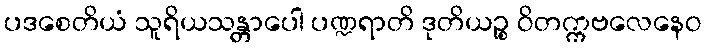
ပဒစေတိယံ သူရိယသန္တာပေါ ပဏ္ဍရာတိ ဒုတိယဉ္စ ဝိတက္ကဗလေနေဝ